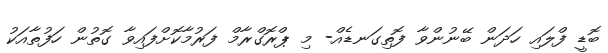
ބޮޑީ ފްލައި ހަދަން ބޭނުންވާ ފޮތިގަނޑެއް- މި ޕްރޮގްރާމް ފަރުމާކޮށްފައިވާ ގޮތުން ހަފުތާއަކު